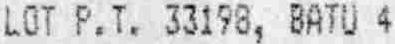
LOT P.T. 33198, BATU 4